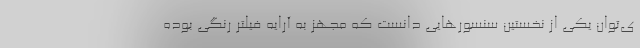
ی‌توان یکی از نخستین سنسورهایی دانست که مجهز به آرایه فیلتر رنگی بوده